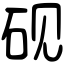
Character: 砚